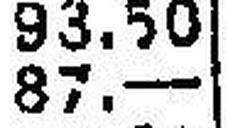
87.—